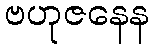
ဗဟုဇနေန